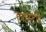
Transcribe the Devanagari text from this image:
एशस्टीड